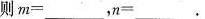
则m=___，”=___。